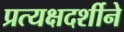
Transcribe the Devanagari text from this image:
प्रत्यक्षदर्शीने